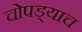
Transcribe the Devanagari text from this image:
चोपड्याच